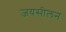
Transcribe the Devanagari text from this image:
जयसीलन